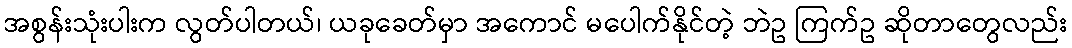
အစွန်းသုံးပါးက လွတ်ပါတယ်၊ ယခုခေတ်မှာ အကောင် မပေါက်နိုင်တဲ့ ဘဲဥ ကြက်ဥ ဆိုတာတွေလည်း